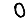
Digit: 0